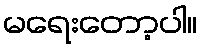
မရေးတော့ပါ။